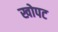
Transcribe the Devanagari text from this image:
खोपट